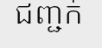
ជញ្ជក់